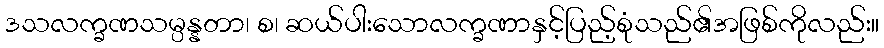
ဒသလက္ခဏသမ္ပန္နတာ၊ စ၊ ဆယ်ပါးသောလက္ခဏာနှင့်ပြည့်စုံသည်၏အဖြစ်ကိုလည်း။